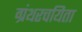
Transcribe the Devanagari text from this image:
ग्रंथरचयिता